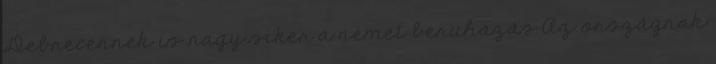
Debrecennek is nagy siker a német beruházás Az országnak